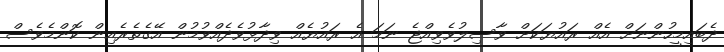
ދެބައިމީހުންނަށް އެއް ރައުޔަކަށް ވާސިލުވެވިއްޖެ ނަމަ އެ ރައުޔެއް ވިދާޅުވެދެއްވުމުން އޭގެތެރެއިން ކޮންމެވެސް